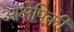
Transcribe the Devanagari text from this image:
आक्षेपिकी